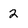
Character: 2